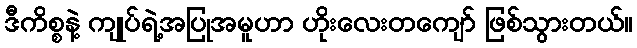
ဒီကိစ္စနဲ့ ကျုပ်ရဲ့အပြုအမူဟာ ဟိုးလေးတကျော် ဖြစ်သွားတယ်။